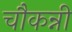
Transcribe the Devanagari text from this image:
चौकन्नी